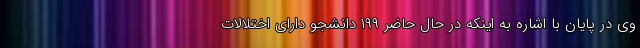
وی در پایان با اشاره به اینکه در حال حاضر ۱۹۹ دانشجو دارای اختلالات